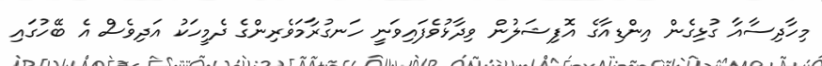
މިހާދިސާއާ ގުޅިގެން އިންޑިއާގެ އޮފިޝަލުން ވިދާޅުވެފައިވަނީ ހަނގުރާމަވެރިންގެ ދެމީހަކު އަދިވެސް އެ ބޭހުގައި